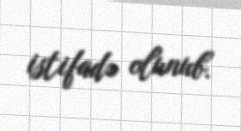
istifadə olunub.